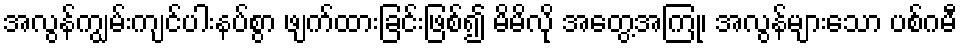
အလွန်ကျွမ်းကျင်ပါးနပ်စွာ ဖျက်ထားခြင်းဖြစ်၍ မိမိလို အတွေ့အကြုံ၊ အလွန်များသော ပစ်ဂမီ